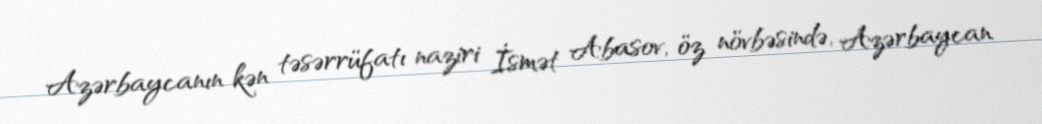
Azərbaycanın kən təsərrüfatı naziri İsmət Abasov, öz növbəsində, Azərbaycan